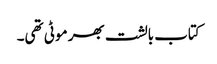
کتاب بالشت بھر موٹی تھی۔